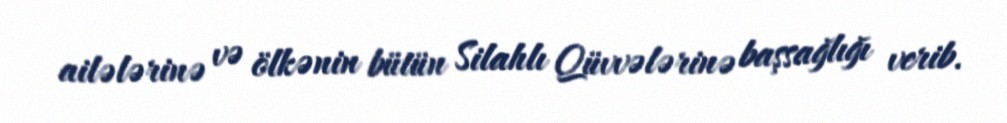
ailələrinə və ölkənin bütün Silahlı Qüvvələrinə başsağlığı verib.